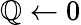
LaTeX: \mathbb{Q}\leftarrow0